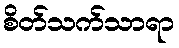
စိတ်သက်သာရာ